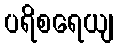
ပရိစရေယျ